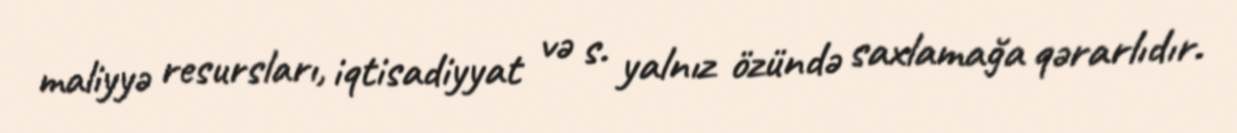
maliyyə resursları, iqtisadiyyat və s. yalnız özündə saxlamağa qərarlıdır.